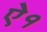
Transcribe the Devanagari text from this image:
ऐ१